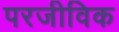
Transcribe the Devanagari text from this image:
परजीविक